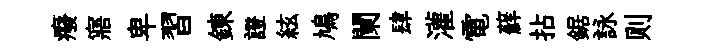
癈寤卑習錬證絃鳩闌肆灌電蘚拈鋸詠则